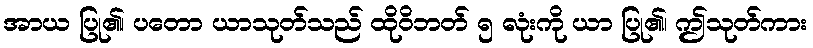
အာယ ပြု၏၊ ပတော ယာသုတ်သည် ထိုဝိဘတ် ၅ လုံးကို ယာ ပြု၏၊ ဤသုတ်ကား